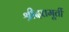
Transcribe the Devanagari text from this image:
श्रीदत्तमूर्ती